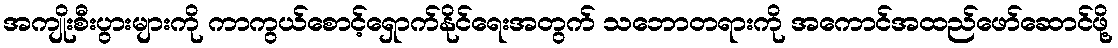
အကျိုးစီးပွားများကို ကာကွယ်စောင့်ရှောက်နိုင်ရေးအတွက် သဘောတရားကို အကောင်အထည်ဖော်ဆောင်ဖို့